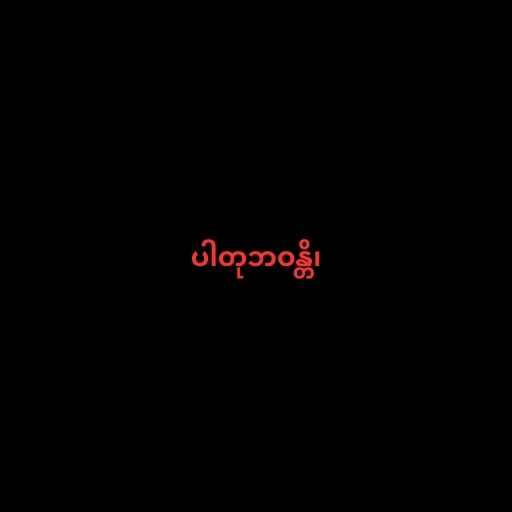
ပါတုဘဝန္တိ၊